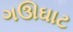
ગઊઘાટ